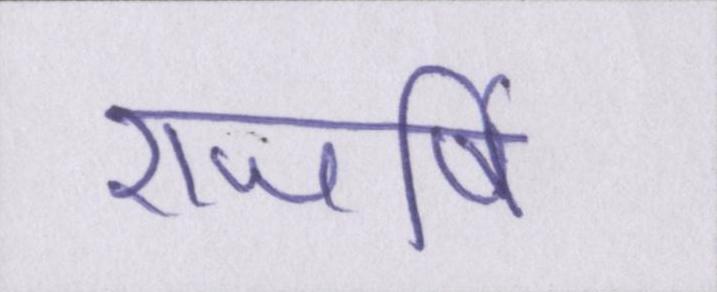
राजर्षि